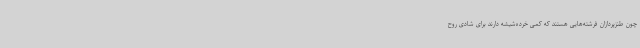
چون طنزپردازان فرشته‌هایی هستند که کمی خرده‌شیشه دارند برای شادی روح